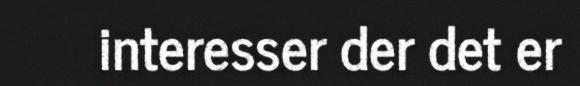
interesser der det er